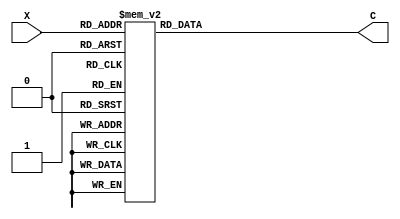
`timescale 1ns / 1ps
//////////////////////////////////////////////////////////////////////////////////
// Company: 
// Engineer: 
// 
// Design Name: 
// Module Name: seven_segment_decoder
// Project Name: 
// Target Devices: 
// Tool Versions: 
// Description: 
// 
// Dependencies: 
// 
// Revision:
// Revision 0.01 - File Created
// Additional Comments:
// 
//////////////////////////////////////////////////////////////////////////////////


module seven_segment_decoder(X,C);
    input [3:0]X;
    output reg [6:0] C;
    
    always @(X)
    begin
        case(X)
            4'b0000: C = 7'b0000001;
            4'b0001: C = 7'b1001111;
            4'b0010: C = 7'b0010010;
            4'b0011: C = 7'b0000110;
            4'b0100: C = 7'b1001100;
            4'b0101: C = 7'b0100100;
            4'b0110: C = 7'b0100000;
            4'b0111: C = 7'b0001111;
            4'b1000: C = 7'b0000000;
            4'b1001: C = 7'b0001100;
            4'b1010: C = 7'b0001000;
            4'b1011: C = 7'b1100000;
            4'b1100: C = 7'b0110001;
            4'b1101: C = 7'b1000010;
            4'b1110: C = 7'b0110000;
            4'b1111: C = 7'b0111000;
        endcase
     end
endmodule